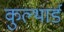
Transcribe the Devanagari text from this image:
कुल्थार्ड